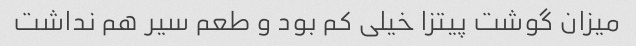
میزان گوشت پیتزا خیلی کم بود و طعم سیر هم نداشت